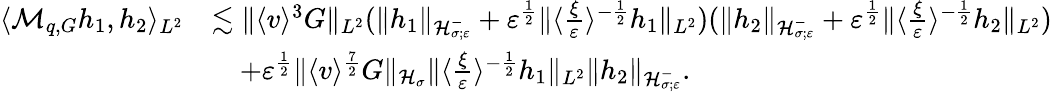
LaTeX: \begin{array}{rl}{\langle\mathcal M_{q,G}h_{1},h_{2}\rangle_{L^{2}}}&{\lesssim\| \langle v\rangle^{3}G\| _{L^{2}}(\| h_{1}\| _{\mathcal H_{\sigma;\varepsilon}^{-}}+\varepsilon^{\frac{1}{2}}\| \langle\frac{\xi}{\varepsilon}\rangle^{-\frac{1}{2}}h_{1}\| _{L^{2}})(\| h_{2}\| _{\mathcal H_{\sigma;\varepsilon}^{-}}+\varepsilon^{\frac{1}{2}}\| \langle\frac{\xi}{\varepsilon}\rangle^{-\frac{1}{2}}h_{2}\| _{L^{2}})}\\ &{\quad+\varepsilon^{\frac{1}{2}}\| \langle v\rangle^{\frac{7}{2}}G\| _{\mathcal H_{\sigma}}\| \langle\frac{\xi}{\varepsilon}\rangle^{-\frac{1}{2}}h_{1}\| _{L^{2}}\| h_{2}\| _{\mathcal H_{\sigma;\varepsilon}^{-}}.}\end{array}